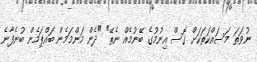
ނުވަތަ މަސައްކަތަކަށް ގޮސް އިނުމުގެ ބޭނުމެއް ނެތޭ" "ދެން މަންމަމެން ބައްޕަމެން ބުނެފާނެ